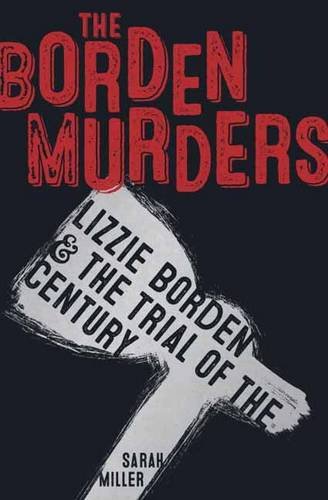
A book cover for The Borden Murders: Lizzie Borden and the Trial of the Century; Sarah Miller; Children's Books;